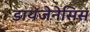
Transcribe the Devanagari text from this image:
डायजेनेसिस